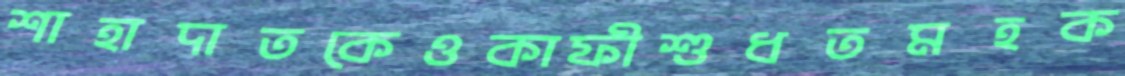
শাহাদাতকেওকাফীশুধতমহক